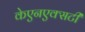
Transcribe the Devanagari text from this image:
केएनएक्सटी